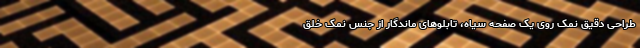
طراحی دقیق نمک روی یک صفحه سیاه، تابلوهای ماندگار از جنس نمک خلق